Lunatic asylums Madras 1892-1911 - 1892-1911
Year: 1892
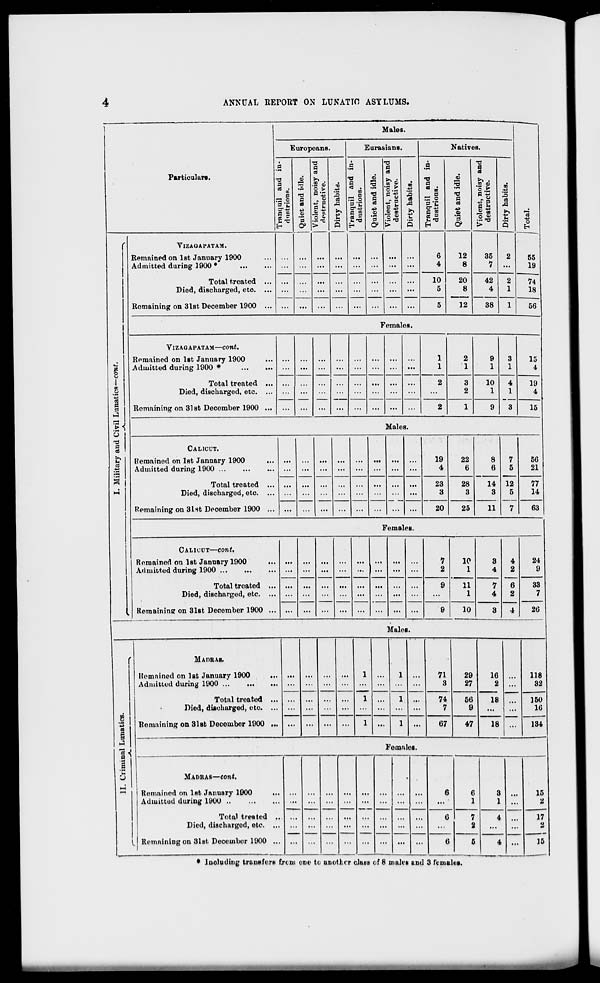
4
ANNUAL RErORT ON LUNATTf! ASYLUMS.
1
Males.
"3
"o
H
55
19
74
18
Particulars.
Europeans.
Eurasians.
Natives.
a
a a a tt .
P
3'C
(3 «:
£€
; J
Quiet and idle.
. .
Violent, noisy and
• •
destructive.
:
: :
: :
Dirty habits.
Si
s
a
<s .
CO
_. P
g/J
B 2
H
Quiet and idle.
Violent, noisy and
destructive.
00
-S
■ia
Q
Tranquil and in-
dustrious.
CD
G
a
0
"d
Violent, noisy and
destructive.
00
4a
-5
CS
g
Q
I. Military and Civil Lunatics—cowf.
VlZAGAPATAM.
Remained on 1st January 1900
Admitted during 1900 *
Total treated ...
Died, discharged, etc ...
Remaining on 3lst December 1900 ...
...
...
...
...
...
6
4
12
8
35
7
2
...
10
5
20
8
12
42
4
2
1
...
...
5
38
1
56
Females.
VlZAGAPATAM—COtlt.
Remained on 1st January 1900
Admitted during 1900 *
Total treated ...
Died, discharged, etc. ...
Remaining on 31st December 1900 ...
...
...
...
...
...
...
...
1
1
2
2
1
9
1
3
1
15
4
...
...
3
2
10
1
4
1
3
19
4
...
2
1
9
15
Hales.
CALICUT.
Remained on 1st January 1900
...
Admitted during 1900
Total treated ...
Died, discharged, etc. ...
Remaining on 31st December 1900 ...
...
...
...
...
...
...
...
...
19
4
22
6
8
6
7
5
12
5
7
56
21
...
...
...
...
...
23
3
28
3
14
3
77
14
...
...
...
... ...
20
25
11
63
Females.
CALICUT—cont.
Remained on 1st January 1900
Admitted during 1900
Total treated ...
Died, discharged, etc. ...
Remaining on 31st Decembor 1900 ...
...
...
...
...
...
...
...
...
7
2
10
1
3
4
4
2
6
2
4
24
9
...
9
11
1
7
4
33
7
9
10
3
2Q
Males.
11. Criminal Lunatics.
MA HE AS.
Remained on 1st January 1900
Admitted during 1900
Total treated ...
Died, discharged, etc. ...
Remaining on 31st Decembor 1900 ...
...
...
...
1
1
1
...
1
1 ...
71
3
29
27
16
2
18 ...
118
82
74
7
56
9
150
16
...
1
67
«
18
134
Females.
MADRAS—con*.
1 Romained on 1st January 1900
AUmittud during 1900
Total treated .
Died, discharged, etc. ..
Romnining on 31st December 1900 ..
...
...
...
...
...
...
6
6
1
3
1
...
15
2
6
7
2
4
17
2
15
6
5
4
* lnoluuing transfer!) trim one to another claet of 8 males and 3 females.